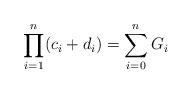
\begin{align*} \prod_{i=1}^n(c_i+d_i)=\sum_{i=0}^n G_i \end{align*}